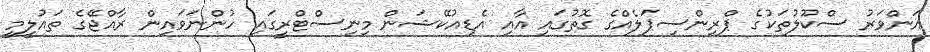
އަންވަރު ސްކޫލުތަކުގެ ޕްރިންސިޕަލެއްގެ ގޮތުގައި އާއި އެޑިއުކޭޝަން މިނިސްޓްރީގައި ހުންނަވައިން ރާއްޖޭގެ ތައުލީމީ